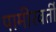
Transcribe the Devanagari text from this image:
पामीरवर्ती